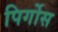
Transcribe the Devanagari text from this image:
पिर्गोस